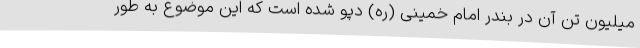
میلیون تن آن در بندر امام خمینی (ره) دپو شده است که این موضوع به طور